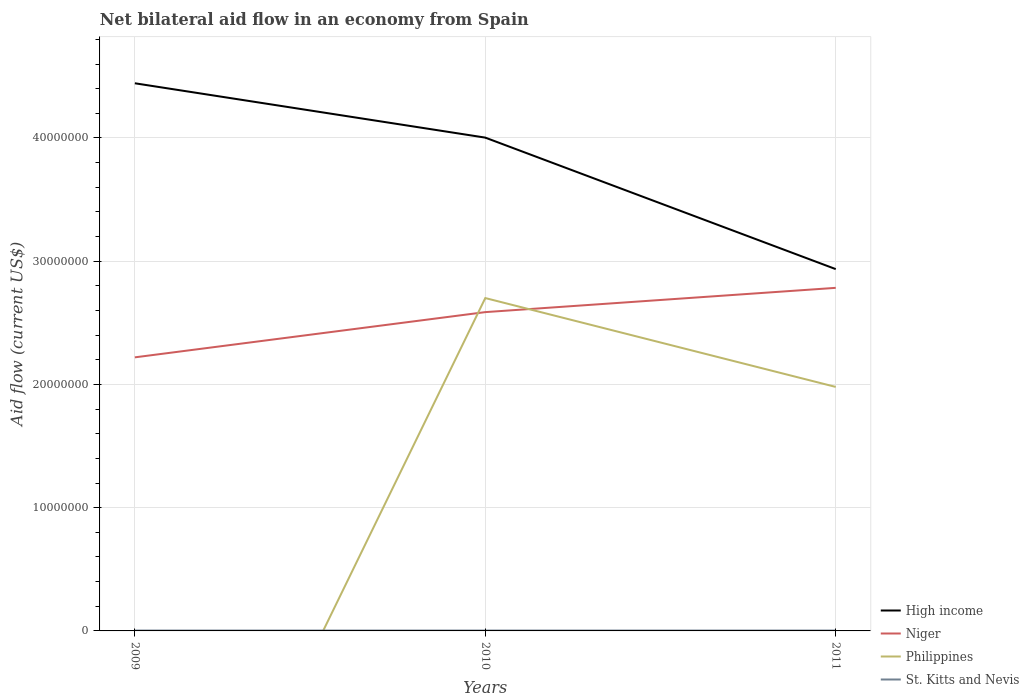
| Years | High income | Niger | Philippines | St. Kitts and Nevis |
 | --- | --- | --- | --- | --- |
 | 2009 | 4.44e+07 | 2.22e+07 | -3.14e+07 | 3e+04 |
 | 2010 | 4e+07 | 2.59e+07 | 2.7e+07 | 3e+04 |
 | 2011 | 2.94e+07 | 2.78e+07 | 1.98e+07 | 3e+04 |